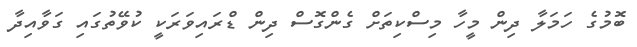
ބޮމުގެ ހަމަލާ ދިން މީހާ މިސްކިތަށް ގެންގޮސް ދިން ޑްރައިވަރަކީ ކުވޭތުގައި ގަވާއިދާ